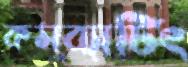
কমব্যাটিং